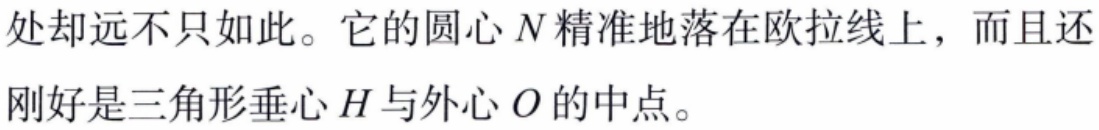
处却远不只如此。它的圆心 \(N\) 精准地落在欧拉线上，而且还刚好是三角形垂心 \(H\) 与外心 \(O\) 的中点。